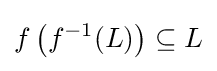
f\left(f^{-1}(L)\right)\subseteq L